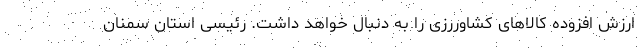
ارزش افزوده کالاهای کشاوررزی را به دنبال خواهد داشت. رئیسی استان سمنان